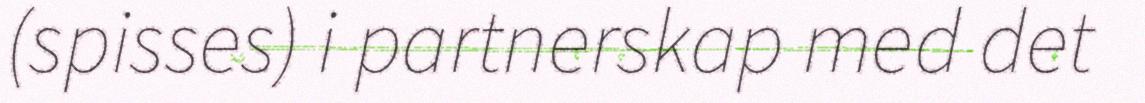
(spisses) i partnerskap med det